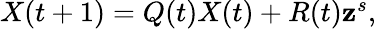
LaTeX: \begin{array}{r}{X(t+1)=Q(t)X(t)+R(t)\mathbf{z}^{s},}\end{array}